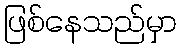
ဖြစ်နေသည်မှာ